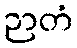
ဉာတံ